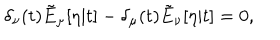
\delta _ { \nu } ( t ) \tilde { E } _ { \mu } [ \eta | t ] - \delta _ { \mu } ( t ) \tilde { E } _ { \nu } [ \eta | t ] = 0 ,